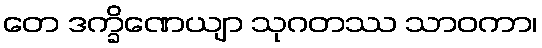
တေ ဒက္ခိဏေယျာ သုဂတဿ သာဝကာ၊